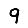
Digit: 9